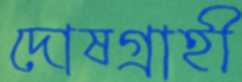
দোষগ্রাহী